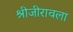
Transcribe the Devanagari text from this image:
श्रीजीरावला